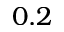
0 . 2